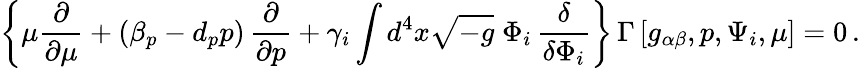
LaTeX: \left\{ \mu\frac{\partial}{\partial\mu}+\left(\beta_{p}-d_{p}p\right)\, \frac{\partial}{\partial p}+\gamma_{i}\int d^{4}x\sqrt{-g}\; \Phi_{i}\, \frac{\delta}{\delta\Phi_{i}}\right\} \, \Gamma\left[g_{\alpha\beta},p,\Psi_{i},\mu\right]=0\, .